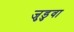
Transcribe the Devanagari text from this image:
जुडुवा